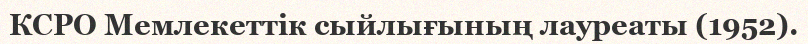
КСРО Мемлекеттік сыйлығының лауреаты (1952).